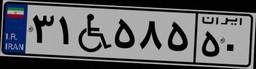
۳۱W۵۸۵۵۰